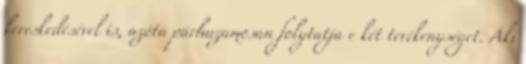
kereskedésével is, azóta párhuzamosan folytatja e két tevékenységet. Aki